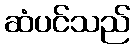
ဆံပင်သည်